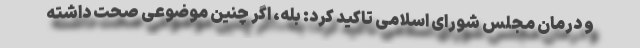
و درمان مجلس شورای اسلامی تاکید کرد: بله، اگر چنین موضوعی صحت داشته